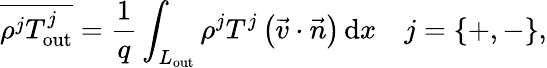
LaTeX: \overline{{\rho^{j}T_{\textrm{out}}^{j}}}=\frac{1}{q}\int_{L_{\textrm{out}}}\rho^{j}T^{j}\left(\vec{v}\cdot\vec{n}\right)\, {\textrm{d}}x\quad j=\{ +,-\} ,